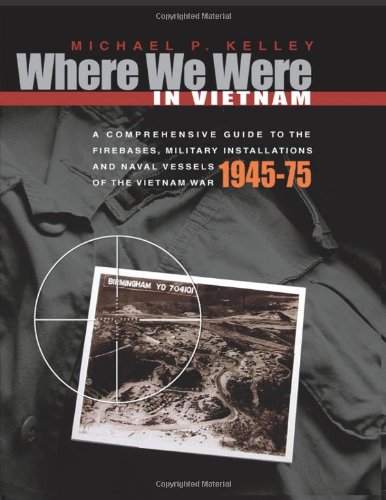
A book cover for Where We Were in Vietnam: A Comprehensive Guide to the Firebases and Militar; Michael Kelley; History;